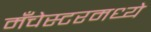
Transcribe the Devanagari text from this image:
मँचेस्टरमध्ये